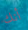
أنك